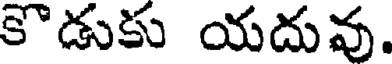
కొడుకు యదువు.